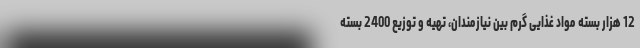
12 هزار بسته مواد غذایی گرم بین نیازمندان، تهیه و توزیع 2400 بسته